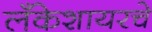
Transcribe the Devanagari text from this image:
लँकेशायरचे